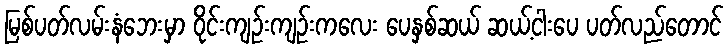
မြစ်ပတ်လမ်းနံဘေးမှာ ဝိုင်းကျဉ်းကျဉ်းကလေး ပေနှစ်ဆယ် ဆယ့်ငါးပေ ပတ်လည်တောင်